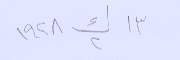
١٣ ك٢ ١٩٢٨